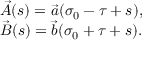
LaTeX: \begin{array} { l } { { \vec { A } ( s ) = \vec { a } ( \sigma _ { 0 } - \tau + s ) , } } \\ { { \vec { B } ( s ) = \vec { b } ( \sigma _ { 0 } + \tau + s ) . } } \end{array}